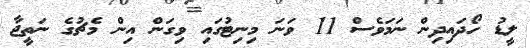
ލީޑު ހޯދައިދިން ނަމަވެސް 11 ވަނަ މިނިޓުގައި ވިގަން އިން މެޗުގެ ނަތީޖާ